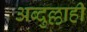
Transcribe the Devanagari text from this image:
अब्दुल्लाही